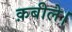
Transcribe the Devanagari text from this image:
क़बीले।